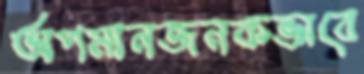
অপমানজনকভাবে